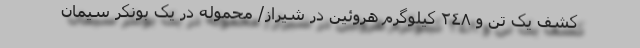
کشف یک تن و ٢٤٨ کیلوگرم هروئین در شیراز/ محموله در یک بونکر سیمان